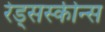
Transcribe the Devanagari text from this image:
रेड्सस्कीन्स